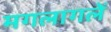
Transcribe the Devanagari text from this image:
मगलागलें